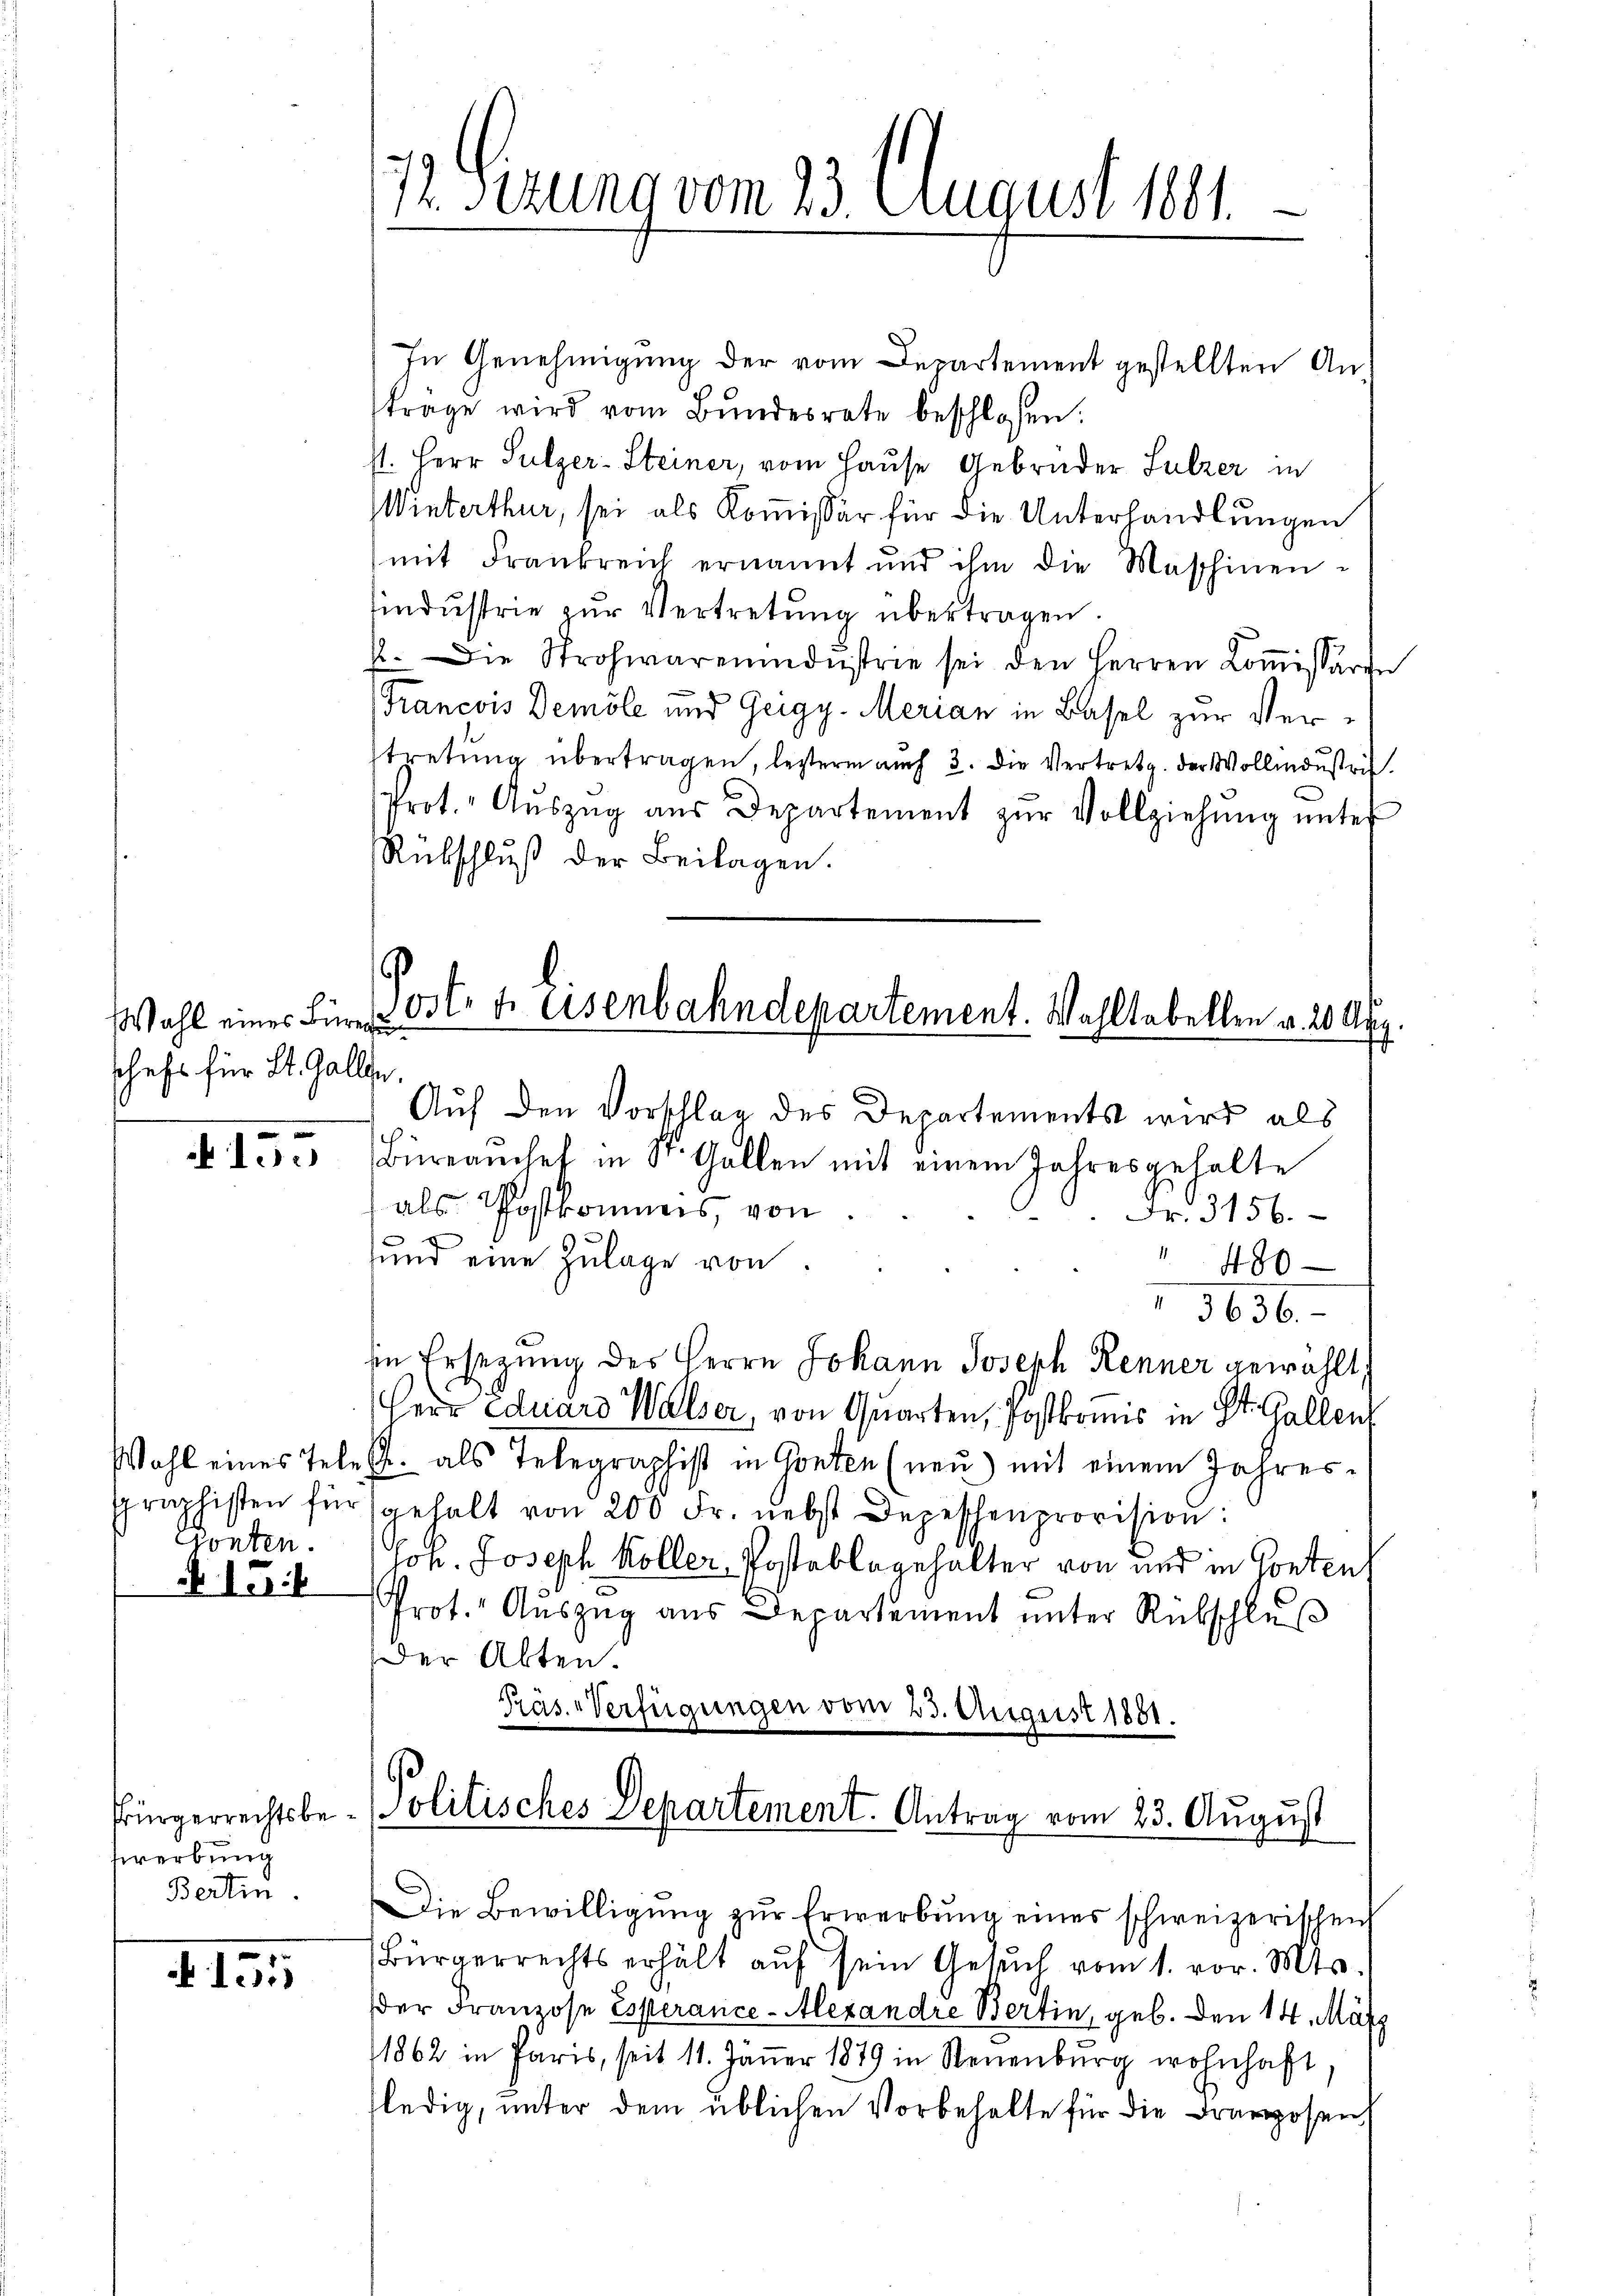
Wahl eines Büreau
schaft für St. Gallen.

155

Wahl eines Tele
Praphisten für
ponten.
N. 154

Prürgerrechtsbewerbung
Bertin.

A 155

In Genehmigung der vom Departement gestellten Anträge wird vom Bundesrate beschlossen:
11. Herr Sulzer-Steiner, vom Hause Gebrüder Sulzer in
Winterthur, sei als Kommissär für die Unterhandlungen
mit Frankreich ernannt und ihm die Maschinen-
tindustrie zŭr Vertretung übertragen.
1. Die Strohwarenindustrie sei den Herren Koṁissarin
Francois Demole und Geigy- Merian in Basel zur Vertretung übertragen, bestern auch 3. Die Vertretg. der Wollindustrit
Prot. Aŭszŭg aŭs Departement zŭr Vollziehŭng ŭnter
Rübschlŭβ der Beilagen.

12. Ferung vom 23. August 1891

Post- u. eisenbahndepartement. Wohltabellen v. 20. Aug

Auf den Vorschlag des Departements wird als
Büreamchef in S. Gallen mit einem Jahresgehalte
als Postkommes, von
Fr. 3156.
und eine Zulage von
 480
3636.
in Ersezung des Herrn Johann Joseph Renner gewählt,
Herr Eduard Walser, von Quarten, Postkonis in St. Gallen
p. als Telegraphist in Gonten (neu) mit einem Jahres-
gehalt von 200 Fr. nebst Depeschenprovision:
Joh. Joseph Koller-Postablagehalter von und in Gonten
Prot. Auszug aus Departement unter Rükschluß
Der Akten.
Pras. - Verfügungen vom 23. August 1881.
Politisches Departement. Antrag vom 23. August
Die Bewilligŭng zŭr Erwerbŭng eines schweizerischen
Bürgerrechts erhält auf sein Gesŭch vom 1. vor. Mts.
der Franzose Esperance-Alexandre Bertin, geb. Den 14. März
1862 in Paris, seit 11. Jäṅer 1879 in Neuenburg wohnhaft,
fledig, unter dem üblichen Vorbehalte für die Franzosen